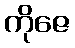
ကိုဇေ